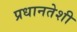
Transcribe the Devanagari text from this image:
प्रधानतेशी